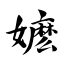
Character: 嬷